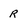
Character: r